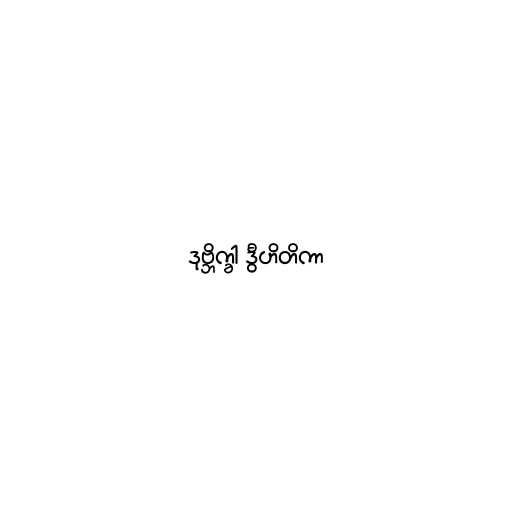
ဒုဗ္ဘိက္ခါ ဒွီဟိတိကာ